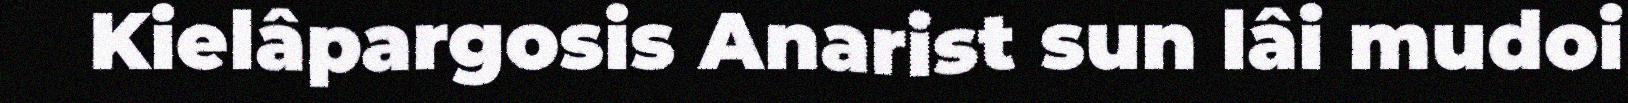
Kielâpargosis Anarist sun lâi mudoi